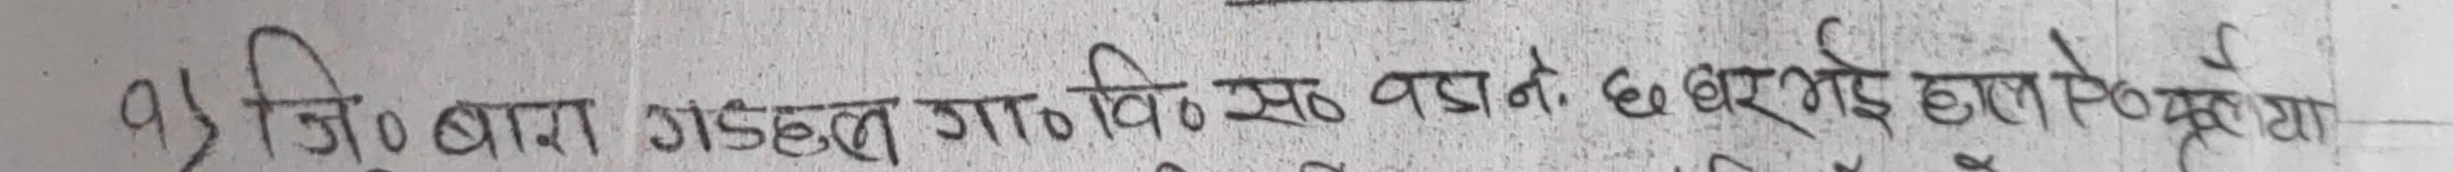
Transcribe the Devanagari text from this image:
१) जि० बारा गडहल गा०वि० स० वडा नं. ६ घर भई हाल ऐ० या